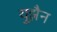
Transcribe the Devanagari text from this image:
युझ़ैन